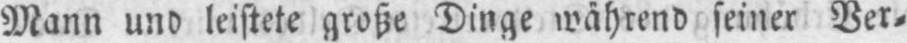
Mann und leistete große Dinge während seiner Ver⸗